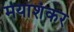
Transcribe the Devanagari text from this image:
मयाशंकर